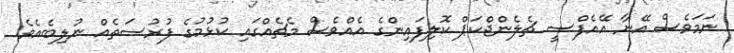
ނަމަވެސް އޭނާ އޭއެފްސީ ޗެލެންޖްކަޕް ކޮލިފައިންގެ އެއްވެސް މެޗެއްގައި ކުޅުމުގެ ފުރުސަތެއް ނުލިބެއެވެ.